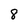
Character: 8